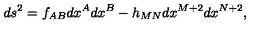
d s ^ { 2 } = f _ { A B } d x ^ { A } d x ^ { B } - h _ { M N } d x ^ { M + 2 } d x ^ { N + 2 } ,